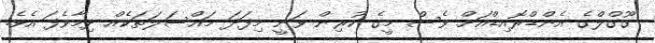
ގޫގްލްގެ އެންޑްރޮއިޑްއަށް ވެސް މީގެ ކުރިން ވަނީ މިފަދަ މައްސަލަތަކެއް ދިމާވެފަ އެވެ.